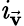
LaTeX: \mathit{i}_{\vec{{\textbf{{v}}}}}